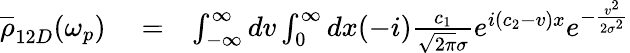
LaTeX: \begin{array}{rlr}{\overline{\rho}_{12D}(\omega_{p})}&{{}=}&{\int_{-\infty}^{\infty}dv\int_{0}^{\infty}dx(-i)\frac{c_{1}}{\sqrt{2\pi}\sigma}e^{i(c_{2}-v)x}e^{-\frac{v^{2}}{2\sigma^{2}}}}\end{array}